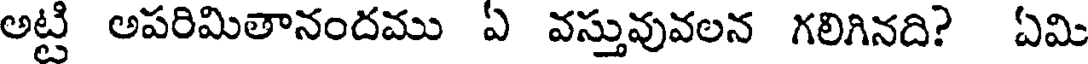
అట్టి అపరిమితానందము ఏ వస్తువువలన గలిగినది? ఏమి